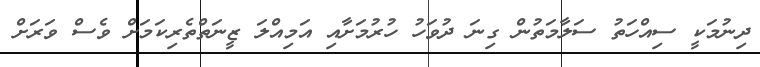
ދިނުމަކީ ސިއްހަތު ސަލާމަތުން ގިނަ ދުވަހު ހުރުމަށާއި އަމިއްލަ ޒީނަތްތެރިކަމަށް ވެސް ވަރަށް